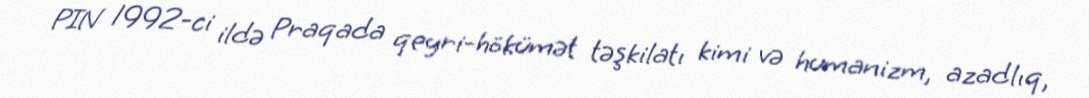
PIN 1992-ci ildə Praqada qeyri-hökümət təşkilatı kimi və humanizm, azadlıq,